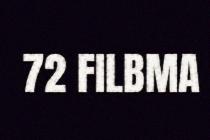
72 FILBMA